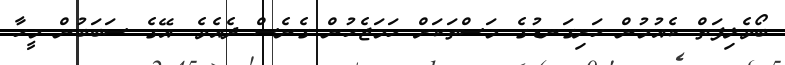
ބޯވެލިފަތް ކެއުމުން ހަށިގަނޑުގެ މަސްތަކަށް ހަމަޖެހުން ގެނެސް ދެއެވެ. އޭގެ ސަބަބުން މީހާ